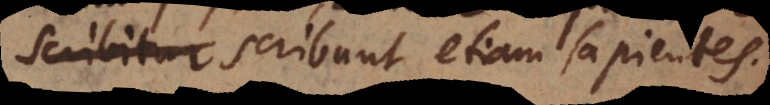
s scribunt etiam sapientes.